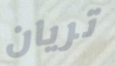
تريان